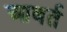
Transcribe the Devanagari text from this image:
आबर्त